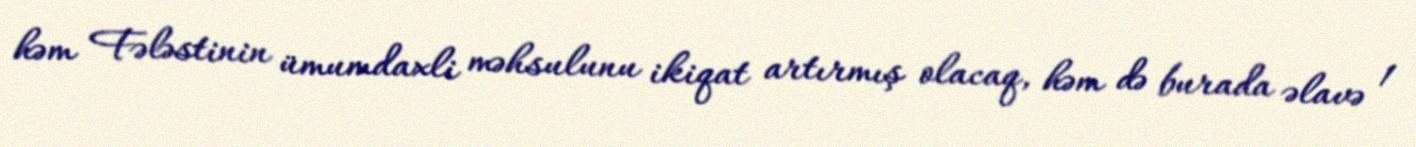
həm Fələstinin ümumdaxli məhsulunu ikiqat artırmış olacaq, həm də burada əlavə 1